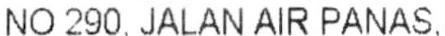
NO 290, JALAN AIR PANAS,